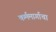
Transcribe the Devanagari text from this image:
कर्ममार्गाचा